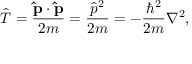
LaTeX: { \hat { T } } = { \frac { \mathbf { \hat { p } } \cdot \mathbf { \hat { p } } } { 2 m } } = { \frac { { \hat { p } } ^ { 2 } } { 2 m } } = - { \frac { \hbar ^ { 2 } } { 2 m } } \nabla ^ { 2 } ,